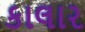
કાલાર